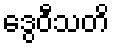
ဒွေဝီသတိ